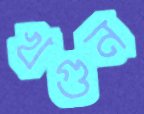
খগুন